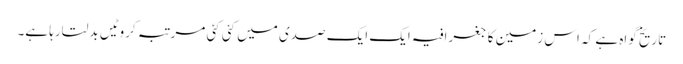
تاریخ گواہ ہے کہ اس زمین کا جغرافیہ ایک ایک صدی میں کئی کئی مرتبہ کروٹیں بدلتارہا ہے۔